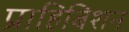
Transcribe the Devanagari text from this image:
प्राहिबिशन